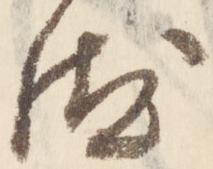
汰